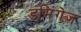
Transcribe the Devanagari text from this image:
डमिंगेज़